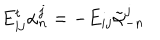
LaTeX: E _ { i j } ^ { t } \alpha _ { n } ^ { j } = - E _ { i j } \tilde { \alpha } _ { - n } ^ { j }